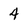
Character: 4